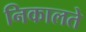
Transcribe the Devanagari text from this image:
निकालते